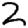
Digit: 2